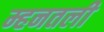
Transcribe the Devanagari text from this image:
म्हनतली